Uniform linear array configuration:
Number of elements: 32
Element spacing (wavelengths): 0.75
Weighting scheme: hamming
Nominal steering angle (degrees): -15
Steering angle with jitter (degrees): -14.424
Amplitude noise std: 0.05
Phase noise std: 0.05

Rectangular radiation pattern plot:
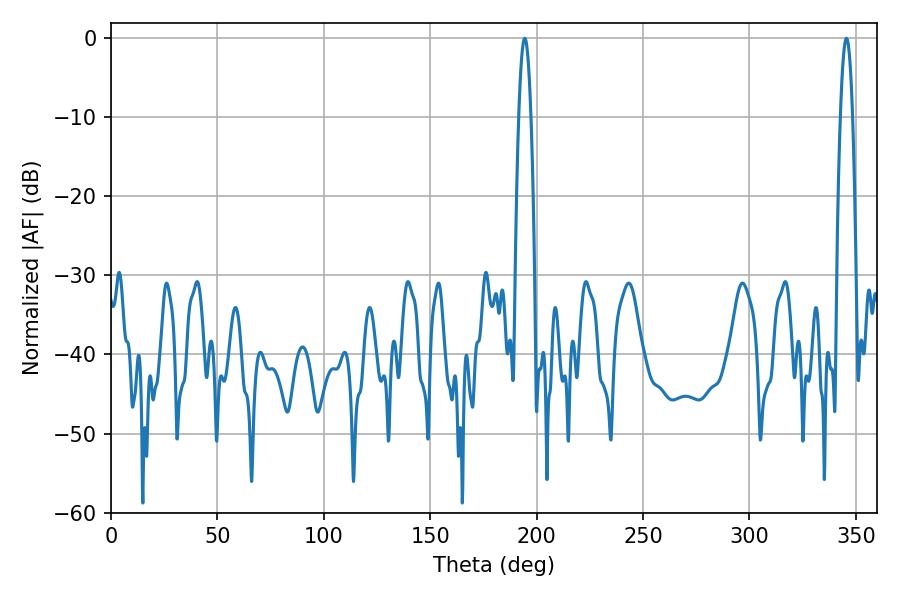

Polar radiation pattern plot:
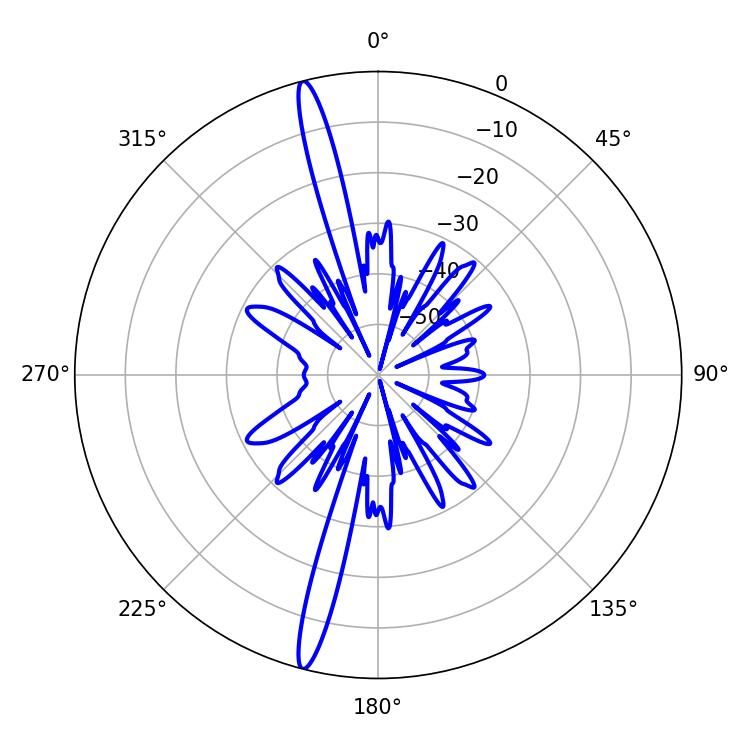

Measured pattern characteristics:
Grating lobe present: TRUE
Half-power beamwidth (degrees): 3.06
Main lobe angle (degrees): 194.4